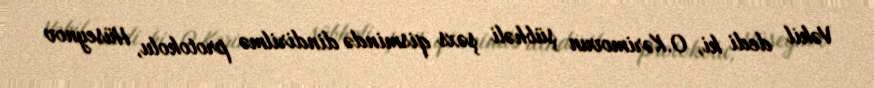
Vəkil dedi ki, O.Kərimovun şübhəli şəxs qismində dindirilmə protokolu, Hüseynov